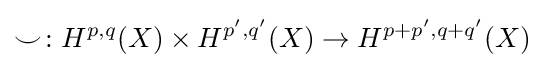
\smile \colon H^{p,q}(X)\times H^{p',q'}(X)\rightarrow H^{p+p',q+q'}(X)